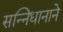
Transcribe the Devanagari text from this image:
सन्निधानाने